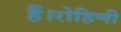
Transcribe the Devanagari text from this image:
हैं।रोहिणी